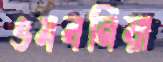
ওমবনিয়া